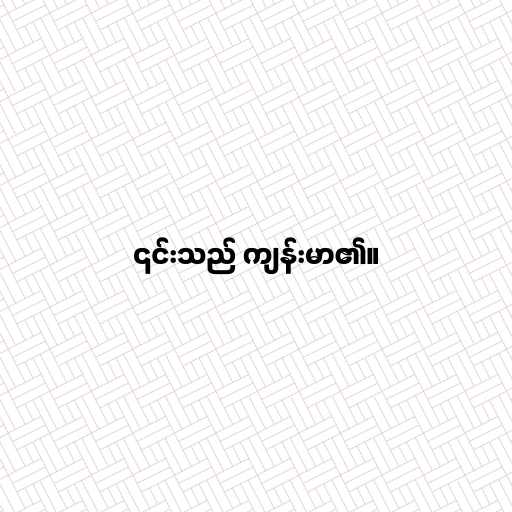
၎င်းသည် ကျန်းမာ၏။